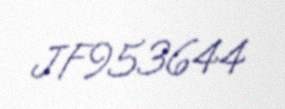
JF953644